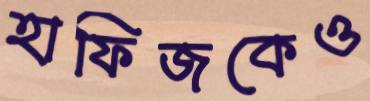
হাফিজকেও